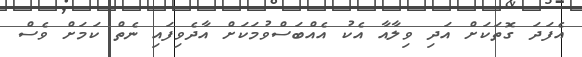
އެފަދަ ގޮތަކަށް އަދި ވިލާއާ އެކު އެއްބަސްވުމަކަށް އާދެވިފައި ނެތް ކަމަށް ވެސް